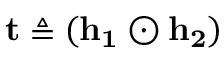
\mathbf { t } \triangleq ( \mathbf { h _ { 1 } } \odot \mathbf { h _ { 2 } } )